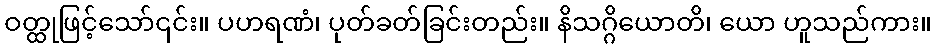
ဝတ္ထုဖြင့်သော်၎င်း။ ပဟရဏံ၊ ပုတ်ခတ်ခြင်းတည်း။ နိသဂ္ဂိယောတိ၊ ယော ဟူသည်ကား။